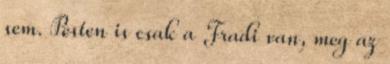
sem. Pesten is csak a Fradi van, meg az